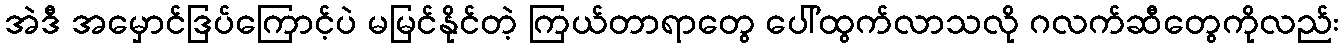
အဲဒီ အမှောင်ဒြပ်ကြောင့်ပဲ မမြင်နိုင်တဲ့ ကြယ်တာရာတွေ ပေါ်ထွက်လာသလို ဂလက်ဆီတွေကိုလည်း